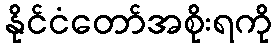
နိုင်ငံတော်အစိုးရကို